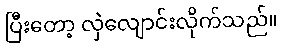
ပြီးတော့ လှဲလျောင်းလိုက်သည်။